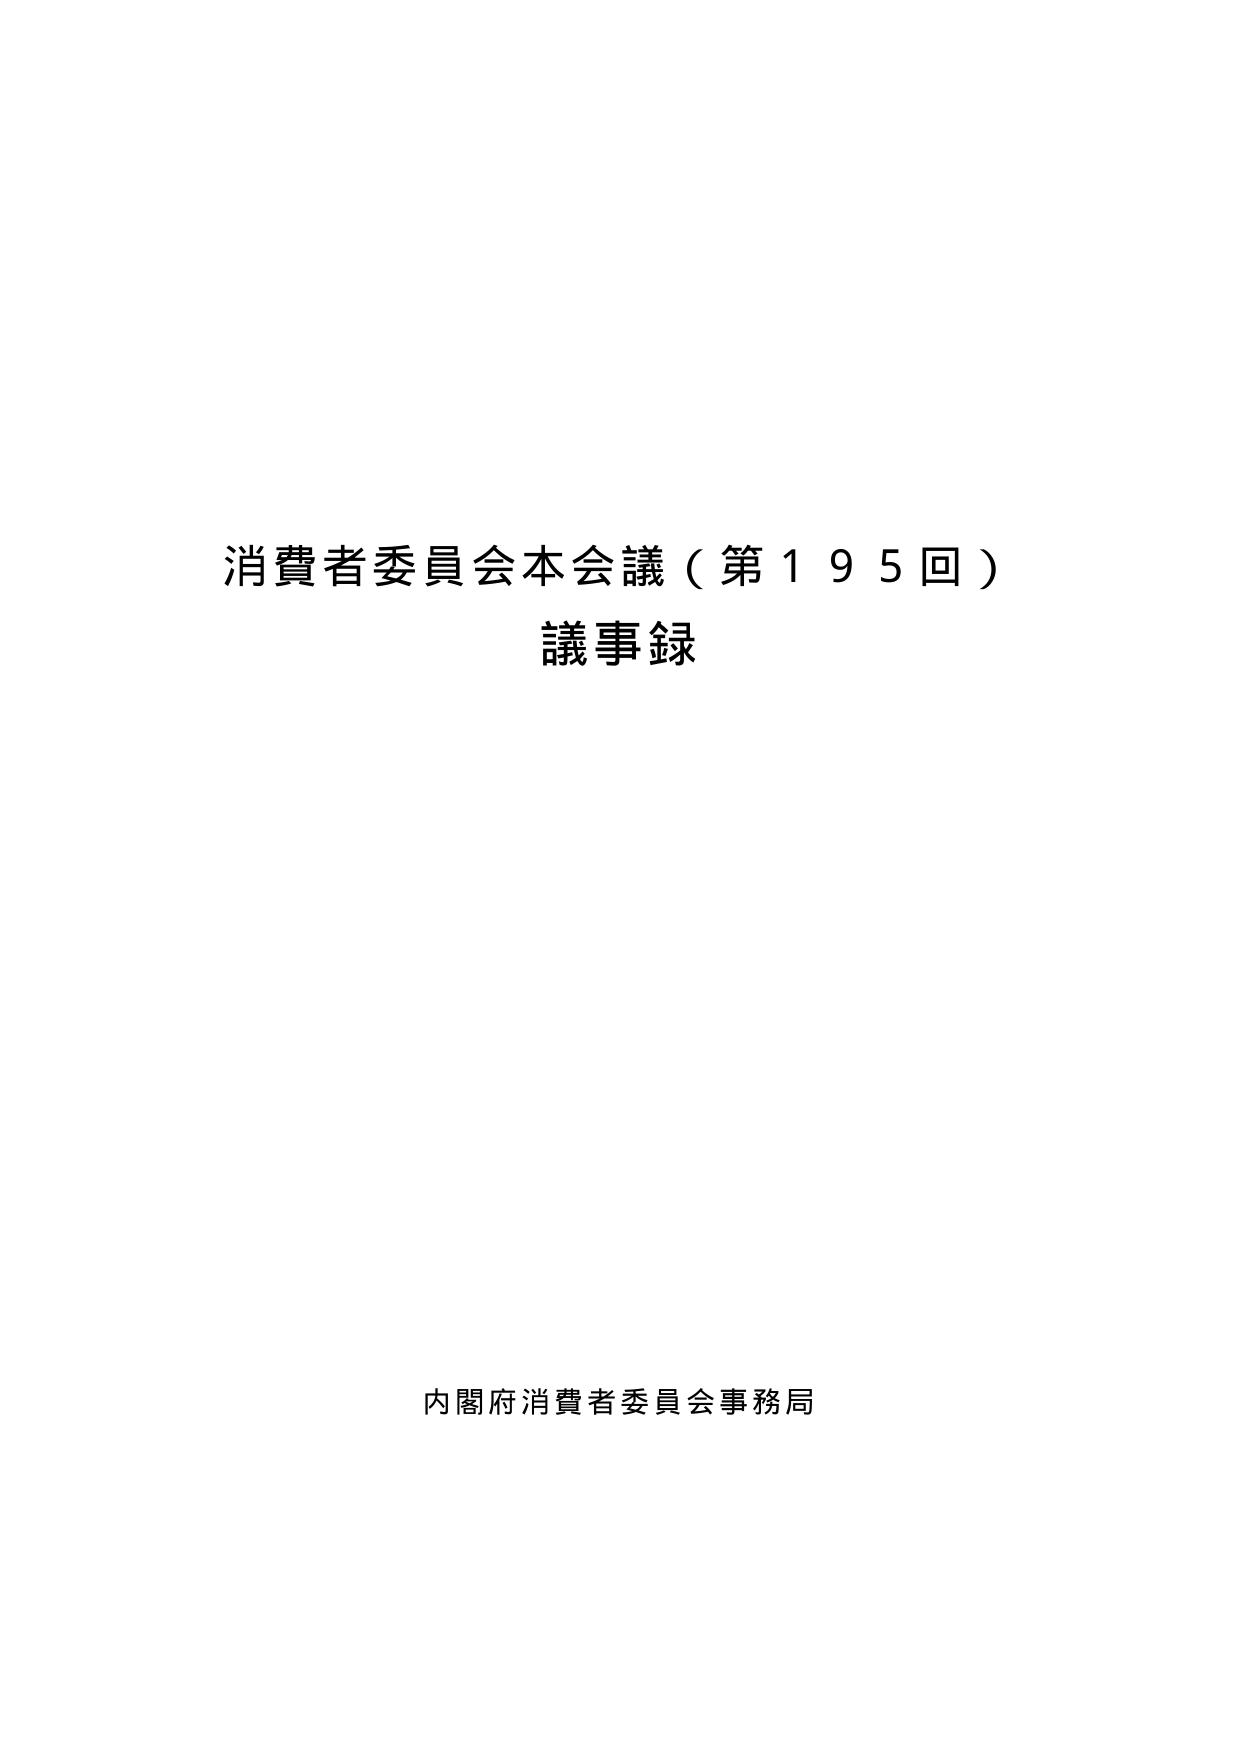
消費者委員会本会議（第195回）
議事録

内閣府消費者委員会事務局